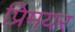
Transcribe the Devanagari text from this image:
प्रिमयर